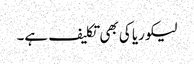
لیکوریا کی بھی تکلیف ہے۔